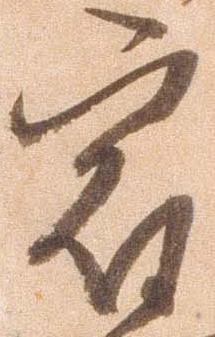
宿